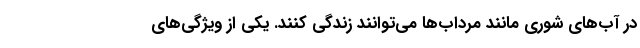
در آب‌های شوری مانند مرداب‌ها می‌توانند زندگی کنند. یکی از ویژگی‌های